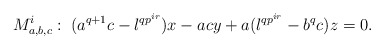
\begin{align*}M^i_{a, b, c}: \; (a^{q+1}c - \l^{qp^{ir}})x - acy + a(\l^{qp^{ir}} - b^q c)z = 0.\end{align*}